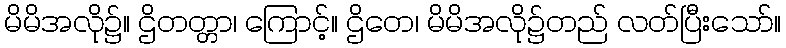
မိမိအလို၌။ ဌိတတ္တာ၊ ကြောင့်။ ဌိတေ၊ မိမိအလို၌တည် လတ်ပြီးသော်။